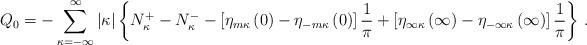
LaTeX: \begin{align*}Q_0=-\sum_{\kappa=-\infty}^\infty\vert\kappa\vert\left\{N_\kappa^+-N_\kappa^--\left[\eta_{m\kappa}\left(0\right)-\eta_{-m\kappa}\left(0\right)\right]\frac{1}{\pi}+\left[\eta_{\infty\kappa}\left(\infty\right)-\eta_{-\infty\kappa}\left(\infty\right)\right]\frac{1}{\pi}\right\}\,.\end{align*}